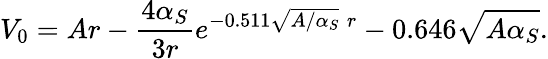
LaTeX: V_{0}=Ar-\frac{4\alpha_{S}}{3r}e^{-0.511\sqrt{A/\alpha_{S}}\; r}-0.646\sqrt{A\alpha_{S}}.